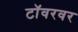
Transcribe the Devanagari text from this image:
टॉवरवर